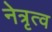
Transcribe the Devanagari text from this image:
नेत्रृत्व